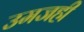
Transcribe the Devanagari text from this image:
उमजही